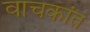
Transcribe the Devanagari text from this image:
वाचकांत